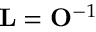
{ \bf L } = { \bf O } ^ { - 1 }